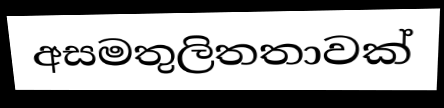
අසමතුලිතතාවක්